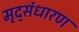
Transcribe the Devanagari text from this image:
मृद्‌संधारण